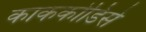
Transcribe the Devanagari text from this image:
काककोडिसे